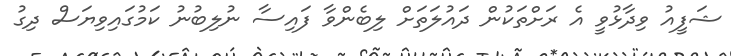
ޝަފީއު ވިދާޅުވީ އެ ރަށްތަކުން ދައުލަތަށް ލިބެންވާ ފައިސާ ނުލިބުނު ކަމުގައިވިޔަސް ދިގު